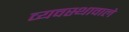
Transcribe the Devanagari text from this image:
व्यवस्थावाले